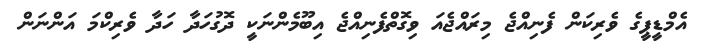
އެމްޑީޕީގެ ވެރިކަން ފެނިއްޖެ މިރައްޖެއަ ވިގޮތްފެނިއްޖެ އިބޫމެންނަކީ ދޮގުހަދާ ހަދާ ވެރިކްމަ އަންނަން